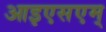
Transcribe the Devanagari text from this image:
आइएसएम्